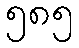
၅၈၅